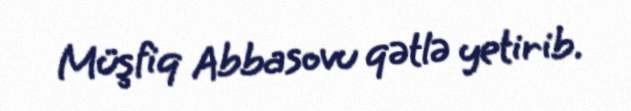
Müşfiq Abbasovu qətlə yetirib.